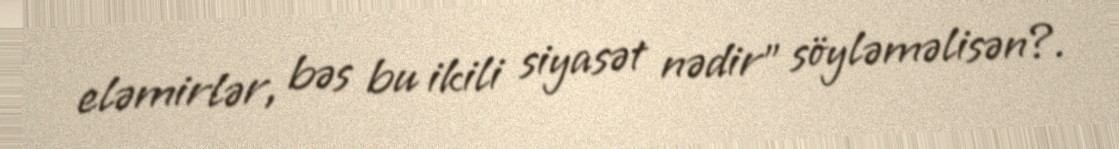
eləmirlər, bəs bu ikili siyasət nədir” söyləməlisən?.